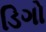
ડિગો